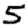
Digit: 5